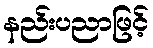
နည်းပညာဖြင့်